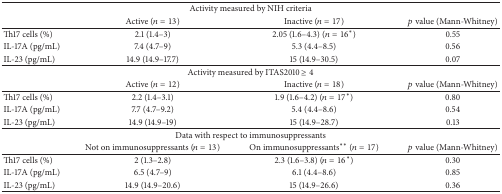
<table><thead><tr><td colspan="4"><b>Activity measured by NIH criteria</b></td></tr><tr><td><b> </b></td><td><b>Active (<i>n</i> = 13)</b></td><td><b>Inactive (<i>n</i> = 17)</b></td><td><b><i>p</i> value (Mann-Whitney)</b></td></tr></thead><tbody><tr><td>Th17 cells (%)</td><td>2.1 (1.4–3)</td><td>2.05 (1.6–4.3) (<i>n</i> = 16<sup><i>∗</i></sup>)</td><td>0.55</td></tr><tr><td>IL-17A (pg/mL)</td><td>7.4 (4.7–9)</td><td>5.3 (4.4–8.5)</td><td>0.56</td></tr><tr><td>IL-23 (pg/mL)</td><td>14.9 (14.9–17.7)</td><td>15 (14.9–30.5)</td><td>0.07</td></tr><tr><td colspan="4">Activity measured by ITAS2010 ≥ 4</td></tr><tr><td> </td><td>Active (<i>n</i> = 12)</td><td>Inactive (<i>n</i> = 18)</td><td><i>p</i> value (Mann-Whitney)</td></tr><tr><td>Th17 cells (%)</td><td>2.2 (1.4–3.1)</td><td>1.9 (1.6–4.2) (<i>n</i> = 17<sup><i>∗</i></sup>)</td><td>0.80</td></tr><tr><td>IL-17A (pg/mL)</td><td>7.7 (4.7–9.2)</td><td>5.4 (4.4–8.6)</td><td>0.54</td></tr><tr><td>IL-23 (pg/mL)</td><td>14.9 (14.9–19)</td><td>15 (14.9–28.7)</td><td>0.13</td></tr><tr><td colspan="4">Data with respect to immunosuppressants</td></tr><tr><td> </td><td>Not on immunosuppressants (<i>n</i> = 13)</td><td>On immunosuppressants<sup><i>∗∗</i></sup> (<i>n</i> = 17)</td><td><i>p</i> value (Mann-Whitney)</td></tr><tr><td>Th17 cells (%)</td><td>2 (1.3–2.8)</td><td>2.3 (1.6–3.8) (<i>n</i> = 16<sup><i>∗</i></sup>)</td><td>0.30</td></tr><tr><td>IL-17A (pg/mL)</td><td>6.5 (4.7–9)</td><td>6.1 (4.4–8.6)</td><td>0.85</td></tr><tr><td>IL-23 (pg/mL)</td><td>14.9 (14.9–20.6)</td><td>15 (14.9–26.6)</td><td>0.36</td></tr></tbody></table>